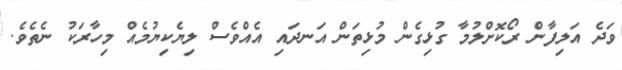
ވަދެ އަލިފާން ރޯކޮށްލުމާ ގުޅިގެން މުޅިތަން އަނދައި އެއްވެސް ލިޔެކިޔުމެއް މިހާރަކު ނެތެވެ.